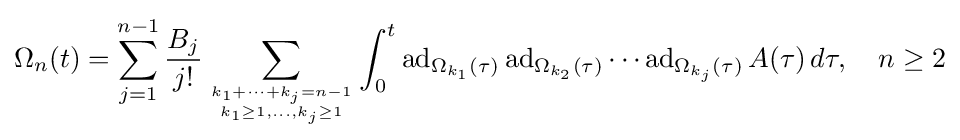
\Omega _{n}(t)=\sum _{j=1}^{n-1}{\frac {B_{j}}{j!}}\sum _{k_{1}+\cdots +k_{j}=n-1 \atop k_{1}\geq 1,\ldots ,k_{j}\geq 1}\int _{0}^{t}\operatorname {ad} _{\Omega _{k_{1}}(\tau )}\operatorname {ad} _{\Omega _{k_{2}}(\tau )}\cdots \operatorname {ad} _{\Omega _{k_{j}}(\tau )}A(\tau )\,d\tau ,\quad n\geq 2